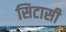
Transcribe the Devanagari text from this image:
सिटासी